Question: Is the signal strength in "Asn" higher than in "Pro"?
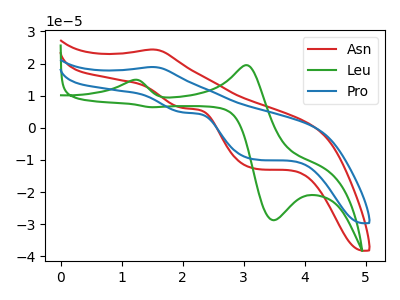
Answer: <think>The red curve "Asn" has an anodic peak at (1.50V, 24.40uA) and cathodic peaks at (2.00V, 6.15uA) (3.20V, -12.75uA). The green curve "Leu" has anodic peaks at (1.20V, 14.90uA) (3.05V, 19.50uA) and cathodic peaks at (3.50V, -28.75uA) (1.50V, 6.45uA). The blue curve "Pro" has an anodic peak at (1.50V, 18.90uA) and cathodic peaks at (2.00V, 4.80uA) (3.20V, -9.90uA).
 All the peaks in "Asn" have a peak in "Pro" at the same potential.</think>
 <answer>I cant tell if "Asn" or "Pro" has more signal.</answer>
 <eval>mixed_signal</eval>